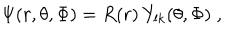
LaTeX: \Psi ( r , \theta , \Phi ) = R ( r ) \: Y _ { l k } ( \theta , \Phi ) \; ,